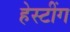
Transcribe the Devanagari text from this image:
हेस्टींग